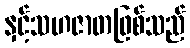
နှင့်သဟဇာတဖြစ်သည်